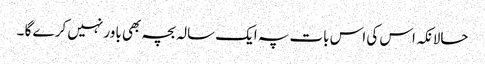
حالانکہ اس کی اس بات پہ ایک سالہ بچہ بھی باور نہیں کر ے گا ۔